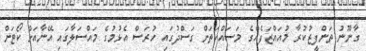
ގާނޫނު ތަންފީޒުކުރާ މުއައްޒަފެއްގެ މަސައްކަތަށް ގަސްދުގައި ހުރަސް އެޅުމުގެ މައްސަލާގައި އޭނާއަށް ކޯޓަށް